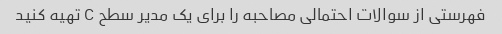
فهرستی از سوالات احتمالی مصاحبه را برای یک مدیر سطح C تهیه کنید